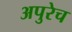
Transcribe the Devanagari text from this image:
अपुरेच